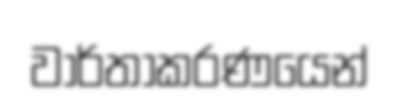
වාර්තාකරණයෙන්